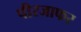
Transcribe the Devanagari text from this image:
पीरजाफर